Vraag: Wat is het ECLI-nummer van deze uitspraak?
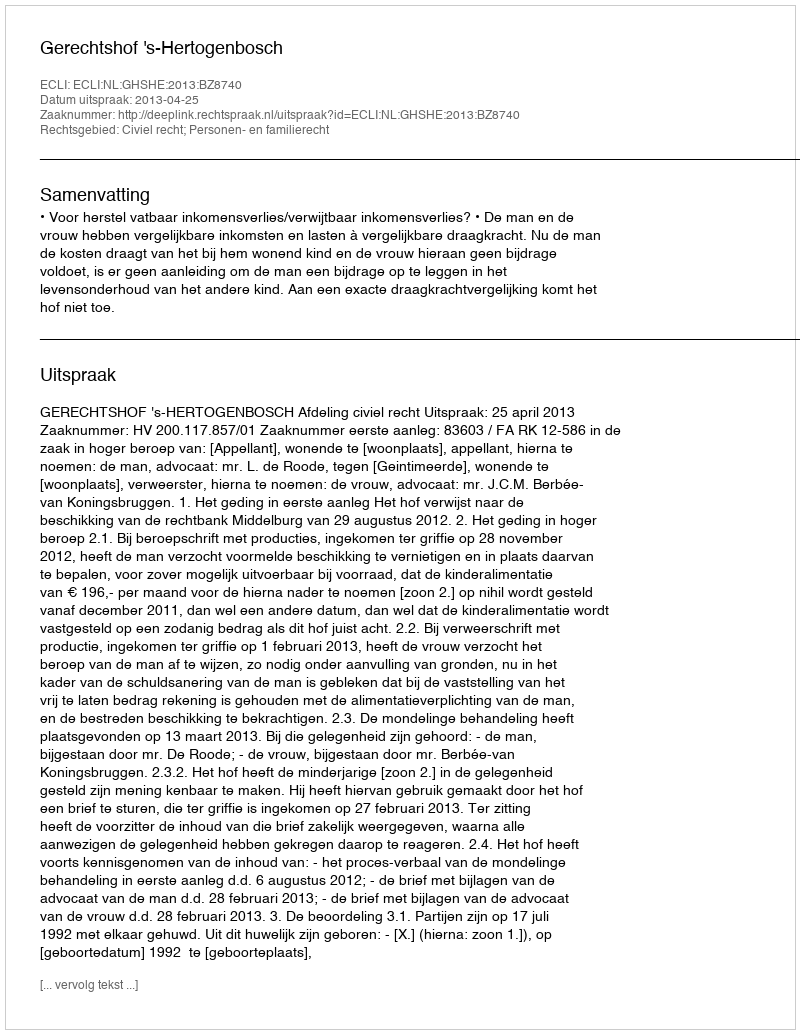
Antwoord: ECLI:NL:GHSHE:2013:BZ8740